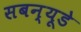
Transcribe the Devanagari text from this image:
सबन्यूडे